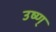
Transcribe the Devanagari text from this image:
उष्ण्